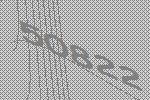
50822